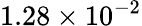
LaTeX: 1.28\times 10^{-2}